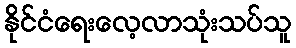
နိုင်ငံရေးလေ့လာသုံးသပ်သူ